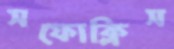
সফোক্লিস